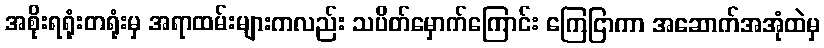
အစိုးရရုံးတရုံးမှ အရာထမ်းများကလည်း သပိတ်မှောက်ကြောင်း ကြေငြာကာ အဆောက်အအုံထဲမှ